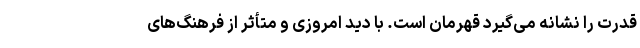
قدرت را نشانه می‌گیرد قهرمان است. با دید امروزی و متأثر از فرهنگ‌های